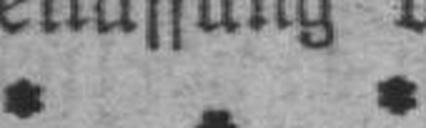
* *